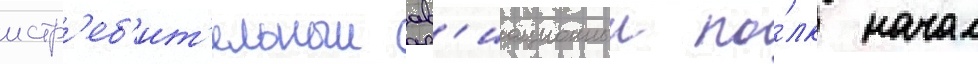
истр'еб'ит'ельныи ав'иационныи по́лк начал